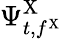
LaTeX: \Psi_{t,f^{\mathrm{X}}}^{\mathrm{X}}